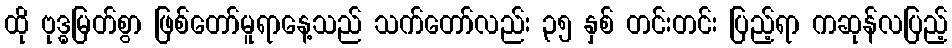
ထို ဗုဒ္ဓမြတ်စွာ ဖြစ်တော်မူရာနေ့သည် သက်တော်လည်း ၃၅ နှစ် တင်းတင်း ပြည့်ရာ ကဆုန်လပြည့်